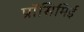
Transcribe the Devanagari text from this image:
प्रॉसिमिई